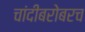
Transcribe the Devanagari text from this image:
चांदीबरोबरच